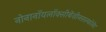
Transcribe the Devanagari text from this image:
नोनानॉयलॉक्सीबेंज़ीनसल्फोनेट